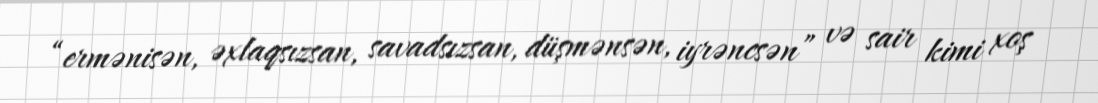
“ermənisən, əxlaqsızsan, savadsızsan, düşmənsən, iyrəncsən” və sair kimi xoş